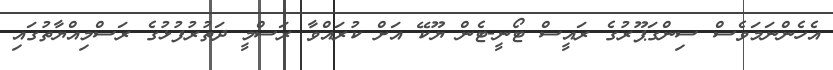
އެހެންނަމަވެސް ސިންގަޕޫރުގެ ރައީސް ޓޯނީ-ޓެން ޔޫކޭ އަށް ކުރައްވާ ރަސްމީ ދަތުރުފުޅުގެ ރަސްމިއްޔާތުގައި